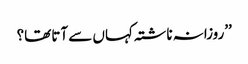
’’روزانہ ناشتہ کہاں سے آتا تھا؟